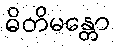
ဓိတိမန္တော